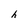
Character: h